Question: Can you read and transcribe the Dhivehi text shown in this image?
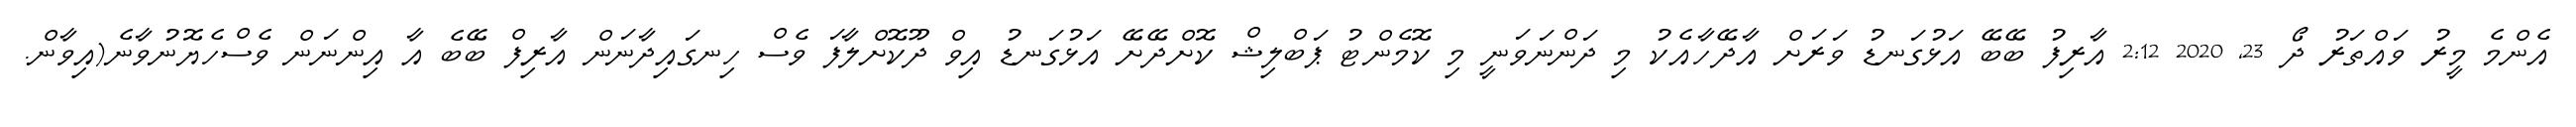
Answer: އެންމެ މީރު ވައްތަރު ދޯ 23, 2020 2:12 އާރިފު ބޭބޭ އަޅުގަނޑު ވަރަށް އާދޭހާއެކު މި ދަންނަވަނީ މި ކޮމެންޓު ޕަބްލިޝް ކޮށްދޭށޭ އަޅުގަނޑު އިވް ދޫކޮށްލާފަ ވެސް ހިނގައިދާނަން އާރިފް ބޭބެ އާ އިންނަން ވެސްހެޔޮނުވާނެ(އިވާން.